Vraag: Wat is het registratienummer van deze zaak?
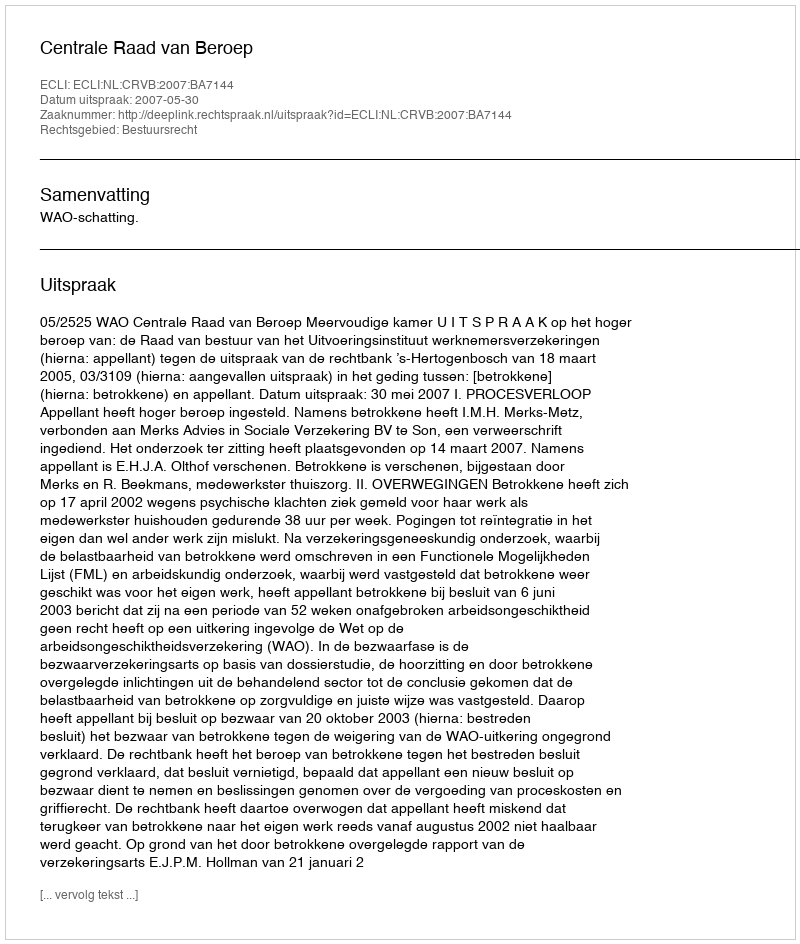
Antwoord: http://deeplink.rechtspraak.nl/uitspraak?id=ECLI:NL:CRVB:2007:BA7144